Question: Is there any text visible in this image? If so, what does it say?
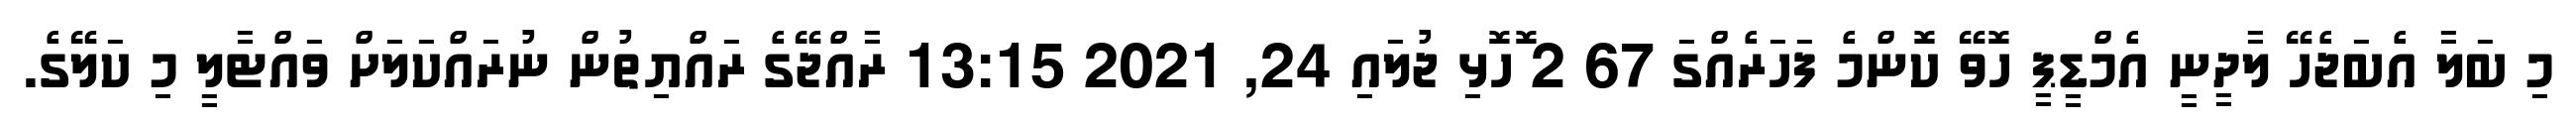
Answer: މި ބަލާ އެބަޖެހޭ ލާދީނީ އެމްޑީޕީ ހޮވޭ ކޮންމެ ފަހަރެއްގަ 67 2 ޮހޮޅި ޖުލައި 24, 2021 13:15 ރާއްޖޭގެ ރައްޔިތުން ނުރައްކަލަށް ވައްޓާލީ މި ކަލޭގެ.